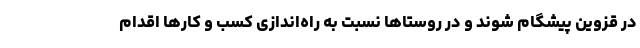
در قزوین پیشگام شوند و در روستاها نسبت به راه‌اندازی کسب و کارها اقدام